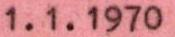
1.1.1970